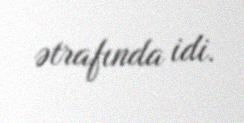
ətrafında idi.